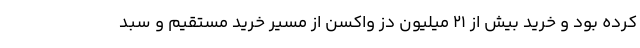
کرده بود و خرید بیش از 21 میلیون دز واکسن از مسیر خرید مستقیم و سبد